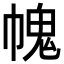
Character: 𢄊